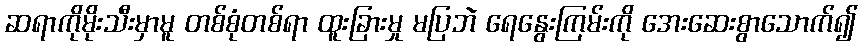
ဆရာကိုမိုးသီးမှာမူ တစ်စုံတစ်ရာ ထူးခြားမှု မပြဘဲ ရေနွေးကြမ်းကို အေးဆေးစွာသောက်၍